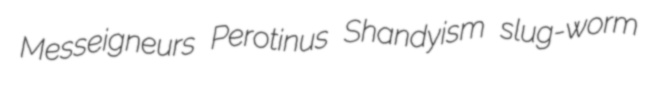
Messeigneurs Perotinus Shandyism slug-worm